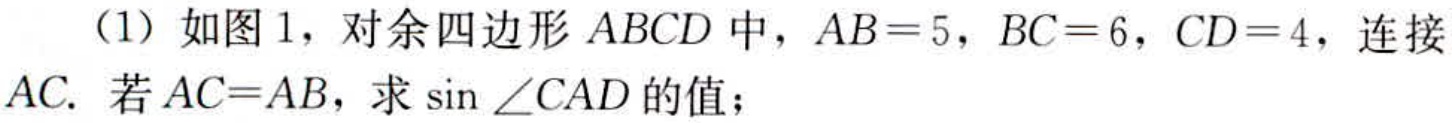
（1）如图1，对余四边形 \(ABCD\) 中，\(AB = 5\)，\(BC = 6\)，\(CD = 4\)，连接 \(AC\). 若 \(AC = AB\)，求 \(\sin\angle CAD\) 的值；